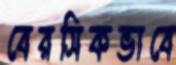
বেরসিকভাবে